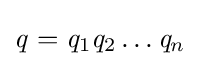
{\mathit {q}}={\mathit {q}}_{1}{\mathit {q}}_{2}\dots {\mathit {q}}_{n}